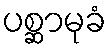
ပစ္ဆာမုခံ